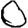
Digit: 0